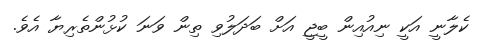
ކެލާނީ އަކީ ނިއުއިން ބީޖީ އަށް ބަދަލުވި ތިން ވަނަ ކުޅުންތެރިޔާ އެވެ.